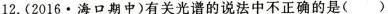
12.(2016•海口期中)有关光谱的说法中不正确的是()。